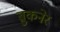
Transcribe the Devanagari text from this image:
ब्रुकनेर